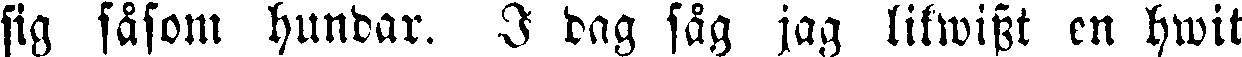
sig såsom hundar. I dag såg jag likvisst en hwit